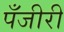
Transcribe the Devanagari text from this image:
पँजीरी